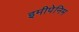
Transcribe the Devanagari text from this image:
इमीपेनिम